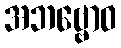
အဘဗ္ဗောဝ